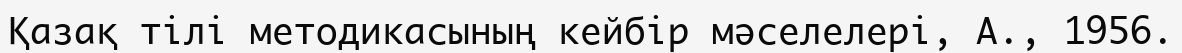
Қазақ тілі методикасының кейбір мәселелері, А., 1956.